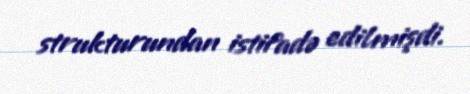
strukturundan istifadə edilmişdi.